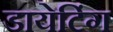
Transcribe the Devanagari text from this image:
डायेटिंग